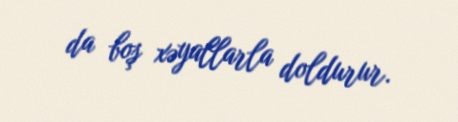
da boş xəyallarla doldurur.